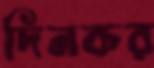
দিনকর